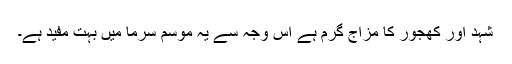
شہد اور کھجور کا مزاج گرم ہے اس وجہ سے یہ موسم سرما میں بہت مفید ہے۔